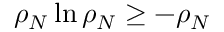
\rho _ { N } \ln \rho _ { N } \ge - \rho _ { N }